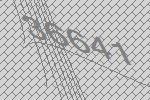
36641